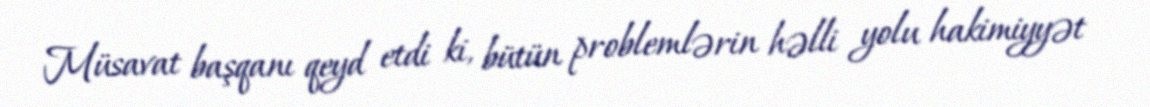
Müsavat başqanı qeyd etdi ki, bütün problemlərin həlli yolu hakimiyyət